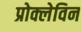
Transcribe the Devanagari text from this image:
प्रोक्लेविन